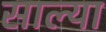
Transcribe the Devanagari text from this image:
साल्या